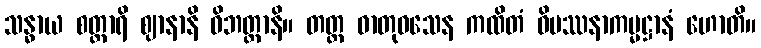
သန္ဓာယ စတ္တာရိ ဈာနာနိ ဝိဘတ္တာနိ။ တတ္ထ ဓာတုဝသေန ကထိတံ ဝိပဿနာကမ္မဋ္ဌာနံ ဟောတိ။